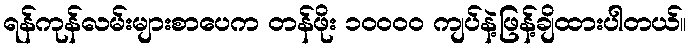
ရန်ကုန်လမ်းများစာပေက တန်ဖိုး ၁၀၀၀၀ ကျပ်နဲ့ဖြန့်ချိထားပါတယ်။